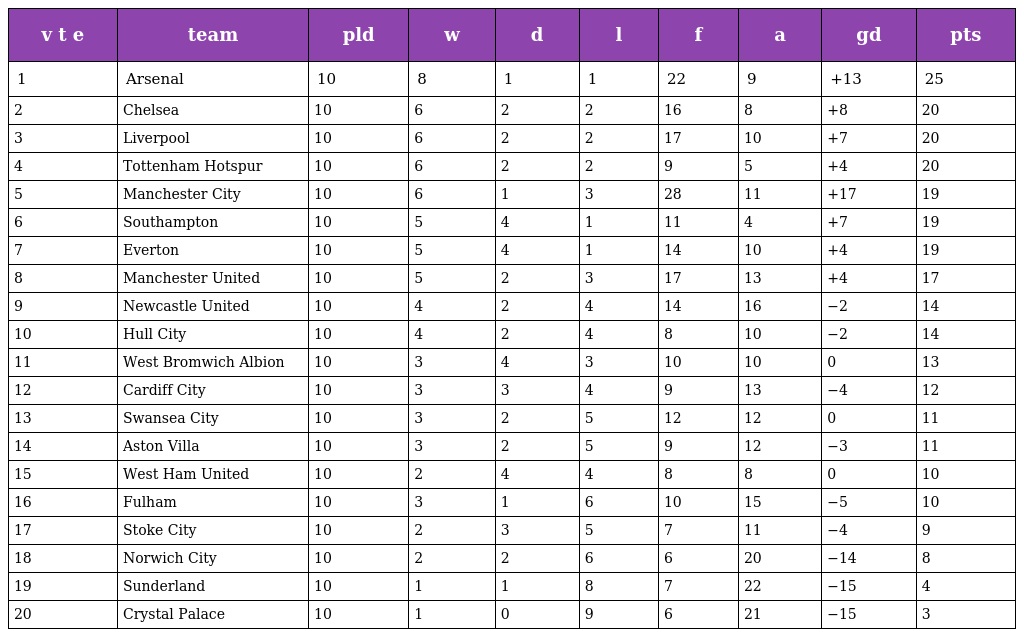
| v t e | team | pld | w | d | l | f | a | gd | pts |
 | --- | --- | --- | --- | --- | --- | --- | --- | --- | --- |
 | 1 | Arsenal | 10 | 8 | 1 | 1 | 22 | 9 | +13 | 25 |
 | 2 | Chelsea | 10 | 6 | 2 | 2 | 16 | 8 | +8 | 20 |
 | 3 | Liverpool | 10 | 6 | 2 | 2 | 17 | 10 | +7 | 20 |
 | 4 | Tottenham Hotspur | 10 | 6 | 2 | 2 | 9 | 5 | +4 | 20 |
 | 5 | Manchester City | 10 | 6 | 1 | 3 | 28 | 11 | +17 | 19 |
 | 6 | Southampton | 10 | 5 | 4 | 1 | 11 | 4 | +7 | 19 |
 | 7 | Everton | 10 | 5 | 4 | 1 | 14 | 10 | +4 | 19 |
 | 8 | Manchester United | 10 | 5 | 2 | 3 | 17 | 13 | +4 | 17 |
 | 9 | Newcastle United | 10 | 4 | 2 | 4 | 14 | 16 | −2 | 14 |
 | 10 | Hull City | 10 | 4 | 2 | 4 | 8 | 10 | −2 | 14 |
 | 11 | West Bromwich Albion | 10 | 3 | 4 | 3 | 10 | 10 | 0 | 13 |
 | 12 | Cardiff City | 10 | 3 | 3 | 4 | 9 | 13 | −4 | 12 |
 | 13 | Swansea City | 10 | 3 | 2 | 5 | 12 | 12 | 0 | 11 |
 | 14 | Aston Villa | 10 | 3 | 2 | 5 | 9 | 12 | −3 | 11 |
 | 15 | West Ham United | 10 | 2 | 4 | 4 | 8 | 8 | 0 | 10 |
 | 16 | Fulham | 10 | 3 | 1 | 6 | 10 | 15 | −5 | 10 |
 | 17 | Stoke City | 10 | 2 | 3 | 5 | 7 | 11 | −4 | 9 |
 | 18 | Norwich City | 10 | 2 | 2 | 6 | 6 | 20 | −14 | 8 |
 | 19 | Sunderland | 10 | 1 | 1 | 8 | 7 | 22 | −15 | 4 |
 | 20 | Crystal Palace | 10 | 1 | 0 | 9 | 6 | 21 | −15 | 3 |